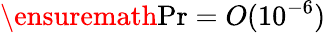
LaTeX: \ensuremath{\mathrm{Pr}}=O(10^{-6})